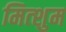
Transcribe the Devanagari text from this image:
मित्शुम